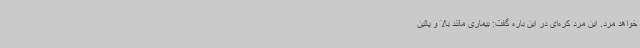
خواهد مرد. این مرد کره‌ای در این باره گفت: بیماری مانند بالا و پائین